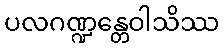
ပလဂဏ္ဍန္တေဝါသိဿ